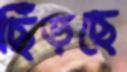
ছিঁড়ছে